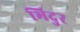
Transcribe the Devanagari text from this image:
भिदुर